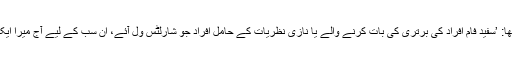
ان کا کہنا تھا: ’سفید فام افراد کی برتری کی بات کرنے والے یا نازی نظریات کے حامل افراد جو شارلٹس ول آئے، ان سب کے لیے آج میرا ایک پیغام ہے۔